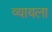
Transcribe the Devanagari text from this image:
व्यायला